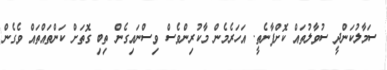
ސަމާލުކަންދީ ސުވާލުތައް ކޮށްފާނެތީ. އަހަރެމެން މާކުރިންވެސް ވިސްނައިގެން ތިބި ގޮތަށް ކަންތައްތައް ވެގެން